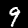
Digit: 9